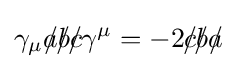
\gamma _{\mu }{a\!\!\!/}{b\!\!\!/}{c\!\!\!/}\gamma ^{\mu }=-2{c\!\!\!/}{b\!\!\!/}{a\!\!\!/}